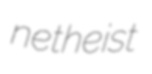
netheist